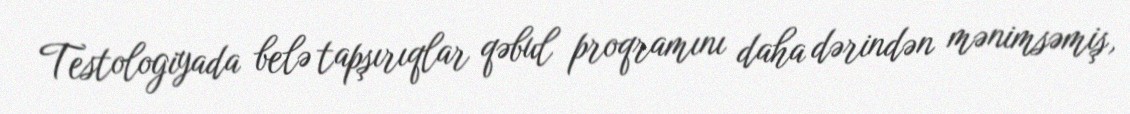
Testologiyada belə tapşırıqlar qəbul proqramını daha dərindən mənimsəmiş,